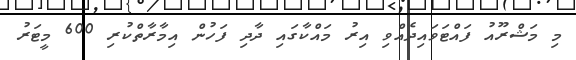
މި މަޝްރޫއު ފައްޓަވައިދެއްވި އިރު މައްކާގައި ދާދި ފަހުން އިމާރާތްކުރި 600 މީޓަރު